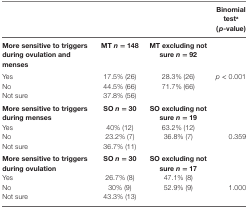
|  |  |  | Binomial testa (p-value) |
 | --- | --- | --- | --- |
 | More sensitive to triggers during ovulation and menses | MT n = 148 | MT excluding not sure n = 92 |  |
 | Yes | 17.5% (26) | 28.3% (26) | p < 0.001 |
 | No | 44.5% (66) | 71.7% (66) |  |
 | Not sure | 37.8% (56) |  |  |
 | More sensitive to triggers during menses | SO n = 30 | SO excluding not sure n = 19 |  |
 | Yes | 40% (12) | 63.2% (12) |  |
 | No | 23.2% (7) | 36.8% (7) | 0.359 |
 | Not sure | 36.7% (11) |  |  |
 | More sensitive to triggers during ovulation | SO n = 30 | SO excluding not sure n = 17 |  |
 | Yes | 26.7% (8) | 47.1% (8) |  |
 | No | 30% (9) | 52.9% (9) | 1.000 |
 | Not sure | 43.3% (13) |  |  |